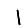
Digit: 1